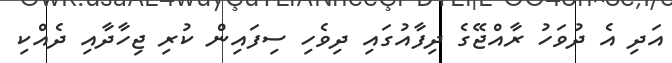
އަދި އެ ދުވަހު ރާއްޖޭގެ ދިފާއުގައި ދިވެހި ސިފައިން ކުރި ޖިހާދާއި ދެއްކި